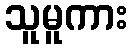
သူမူကား